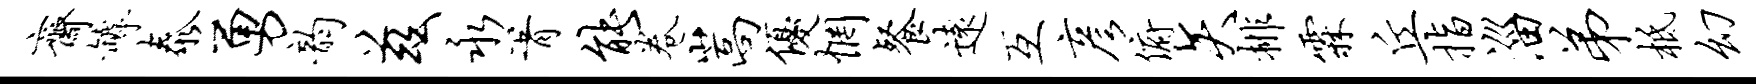
斋罅泰勇韵兹永胥能卷嵩优惘餐远互彦俯矢排霖丘指淄弟柢幻